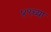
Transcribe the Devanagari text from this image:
४९च्या